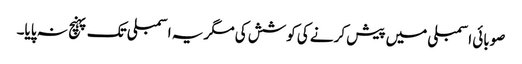
صوبائی اسمبلی میں پیش کرنے کی کوشش کی مگر یہ اسمبلی تک پہنچ نہ پایا۔